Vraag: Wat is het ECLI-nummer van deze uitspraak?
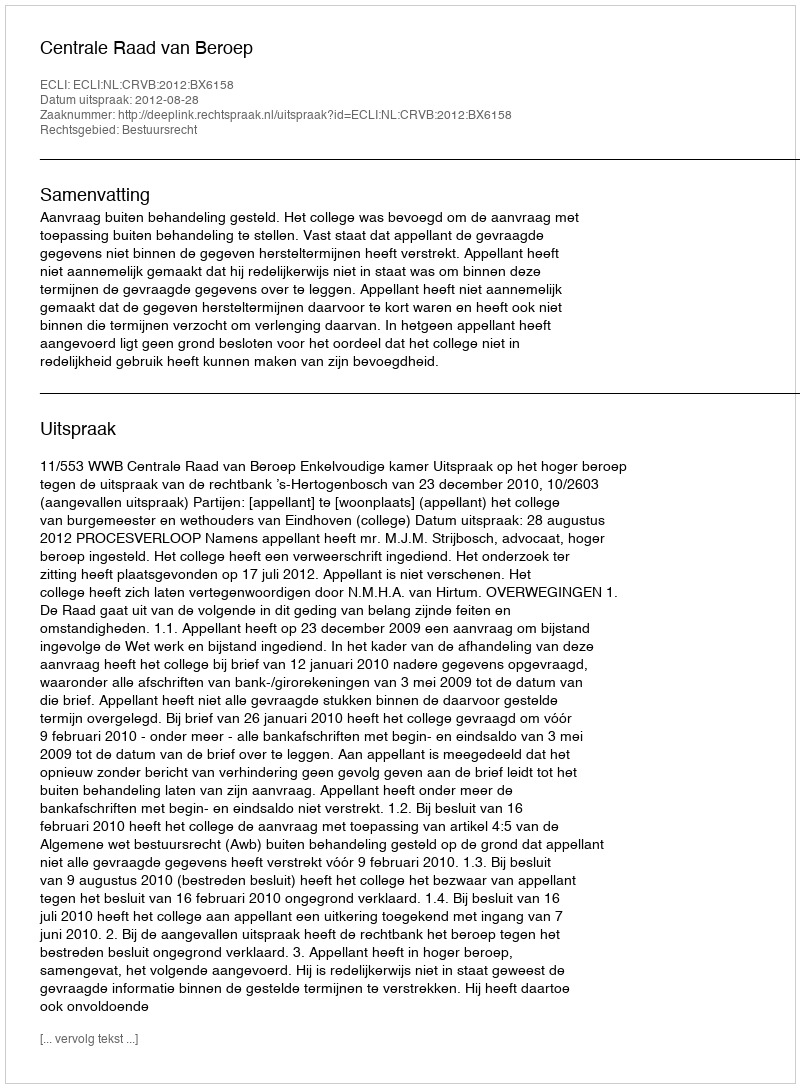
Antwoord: ECLI:NL:CRVB:2012:BX6158